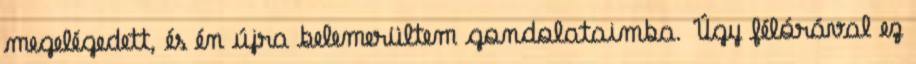
megelégedett, és én újra belemerültem gondolataimba. Úgy félórával ez